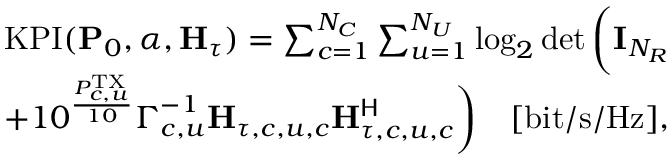
\begin{array} { r l } & { \mathrm { K P I } ( \mathbf { P } _ { 0 } , \boldsymbol { \alpha } , \mathbf { H } _ { \tau } ) = \sum _ { c = 1 } ^ { N _ { C } } \sum _ { u = 1 } ^ { N _ { U } } \log _ { 2 } \operatorname* { d e t } \bigg ( \mathbf { I } _ { N _ { R } } } \\ & { + 1 0 ^ { \frac { P _ { c , u } ^ { \mathrm { T X } } } { 1 0 } } \boldsymbol { \Gamma } _ { c , u } ^ { - 1 } \mathbf { H } _ { \tau , c , u , c } \mathbf { H } _ { \tau , c , u , c } ^ { \sf H } \bigg ) \quad [ \mathrm { b i t / s / H z } ] , } \end{array}